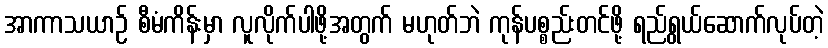
အာကာသယာဉ် စီမံကိန်းမှာ လူလိုက်ပါဖို့အတွက် မဟုတ်ဘဲ ကုန်ပစ္စည်းတင်ဖို့ ရည်ရွယ်ဆောက်လုပ်တဲ့